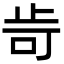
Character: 㱒